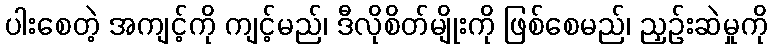
ပါးစေတဲ့ အကျင့်ကို ကျင့်မည်၊ ဒီလိုစိတ်မျိုးကို ဖြစ်စေမည်၊ ညှဉ်းဆဲမှုကို